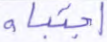
اجتباه